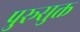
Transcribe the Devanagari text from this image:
पुरूसुक्त